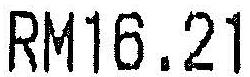
RM16.21